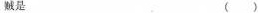
黻是 ( )